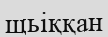
щьіққан